Leaving Certificate Examination (including Day School Certificate (Higher) General paper), 1939
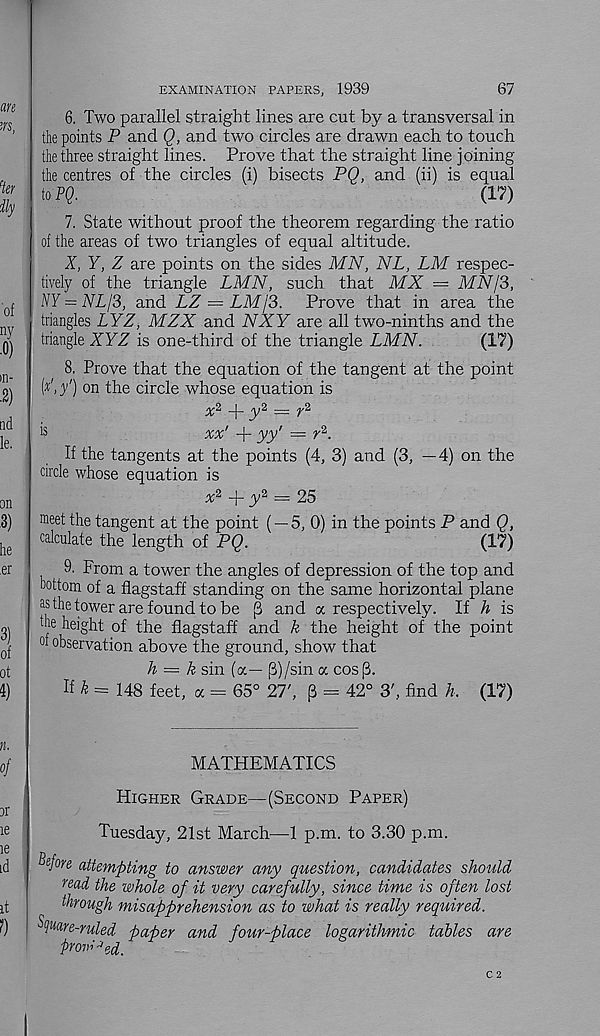
67
EXAMINATION PAPERS, 1939
6. Two parallel straight lines are cut by a transversal in
the points P and Q, and two circles are drawn each to touch
the three straight lines. Prove that the straight line joining
the centres of the circles (i) bisects PQ, and (ii) is equal
to??.
(17)
7. State without proof the theorem regarding the ratio
of the areas of two triangles of equal altitude.
X, Y, Z are points on the sides MN, NL, LM respec-
tively of the triangle LMN, such that MX — MN/3,
NY = NLj3, and LZ = LMJ3. Prove that in area the
triangles LYZ, MZX and NXY are all two-ninths and the
triangle XYZ is one-third of the triangle LMN.
(17)
8. Prove that the equation of the tangent at the point
(x',y') on the circle whose equation is
x 2
y 2 — f 2
is
%%' -j- yy' = r 2 .
If the tangents at the points (4, 3) and (3, --4) on the
circle whose equation is
*2 + y = 25
meet the tangent at the point ( — 5,0) in the points P and Q,
calculate the length of PQ.
(17)
9. From a tower the angles of depression of the top and
bottom of a flagstaff standing on the same horizontal plane
as the tower are found to be p and a respectively. If h is
the height of the flagstaff and k the height of the point
of observation above the ground, show that
h = k sin (a— (3)/sin a cos (3.
K £ = 148 feet, a = 65° 21', [3 = 42° 3', find h. (17)
MATHEMATICS
Higher Grade—(Second Paper)
Tuesday, 21st March—1 p.m. to 3.30 p.m.
Before attempting to answer any question, candidates should
read the whole of it very carefully, since time is often lost
through misapprehension as to what is really required.
Spare-ruled paper and four-place logarithmic tables are
prowled.